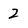
Character: 2